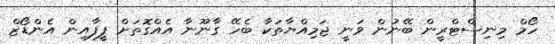
ހޯމް މިނިސްޓްރީން ބޭނުން ވަނީ ޖަމިއްޔާތަކާ ބެހޭ ގާނޫނާ އެއްގޮތަށް ފީފާއިން އެންޑޯޒް